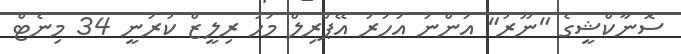
ސޮނާކްޝީގެ "ނޫރު" އަންނަ އަހަރު އޭޕްރިލް މަހު ރިލީޒް ކުރަނީ 34 މިނެޓް